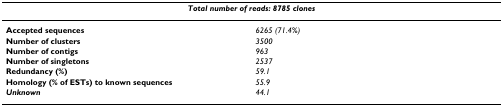
<table><thead><tr><td colspan="2"><b><i>Total number of reads: 8785 clones</i></b></td></tr></thead><tbody><tr><td><b>Accepted sequences</b></td><td><i>6265 (71.4%)</i></td></tr><tr><td><b>Number of clusters</b></td><td><i>3500</i></td></tr><tr><td><b>Number of contigs</b></td><td><i>963</i></td></tr><tr><td><b>Number of singletons</b></td><td><i>2537</i></td></tr><tr><td><b>Redundancy (%)</b></td><td><i>59.1</i></td></tr><tr><td><b>Homology (% of ESTs) to known sequences</b></td><td><i>55.9</i></td></tr><tr><td><b><i>Unknown</i></b></td><td><i>44.1</i></td></tr></tbody></table>